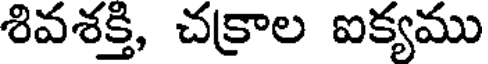
శివశక్తి, చక్రాల ఐక్యము